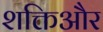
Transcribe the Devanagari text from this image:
शक्तिऔर